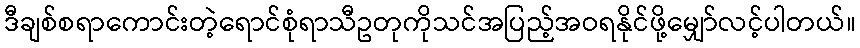
ဒီချစ်စရာကောင်းတဲ့ရောင်စုံရာသီဥတုကိုသင်အပြည့်အဝရနိုင်ဖို့မျှော်လင့်ပါတယ်။